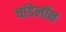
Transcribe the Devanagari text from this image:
चांडेलॉन